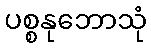
ပစ္စနုဘောသုံ